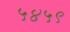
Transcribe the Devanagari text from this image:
५४५९